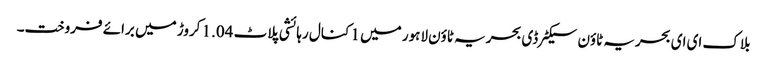
بلاک ای ای بحریہ ٹاؤن سیکٹرڈی بحریہ ٹاؤن لاہور میں 1 کنال رہائشی پلاٹ 1.04 کروڑ میں برائے فروخت۔